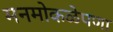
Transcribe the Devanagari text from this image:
मनमोकळेपणा